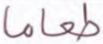
طعاما